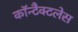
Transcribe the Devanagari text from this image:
कॉन्टैक्टलेस